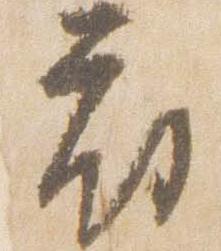
府